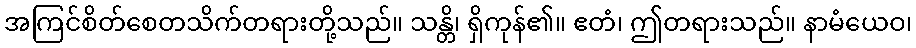
အကြင်စိတ်စေတသိက်တရားတို့သည်။ သန္တိ၊ ရှိကုန်၏။ ဧတံ၊ ဤတရားသည်။ နာမံယေဝ၊